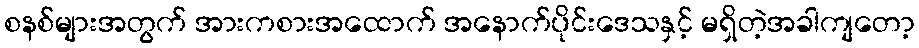
စနစ်များအတွက် အားကစားအထောက် အနောက်ပိုင်းဒေသနှင့် မရှိတဲ့အခါကျတော့